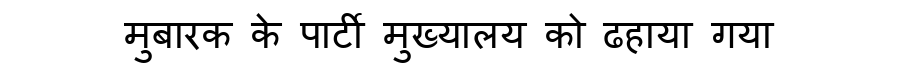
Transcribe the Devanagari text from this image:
मुबारक के पार्टी मुख्यालय को ढहाया गया